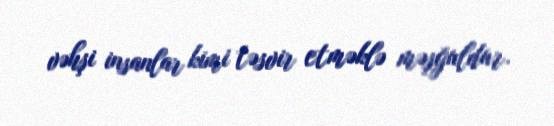
vəhşi insanlar kimi təsvir etməklə məşğuldur.